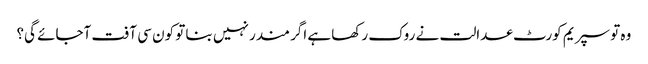
وہ تو سپریم کورٹ عدالت نے روک رکھا ہے اگر مندر نہیں بنا تو کون سی آفت آجائے گی؟